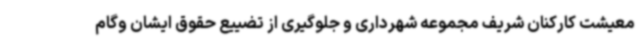
معیشت کارکنان شریف مجموعه شهرداری و جلوگیری از تضییع حقوق ایشان وگام